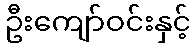
ဦးကျော်ဝင်းနှင့်